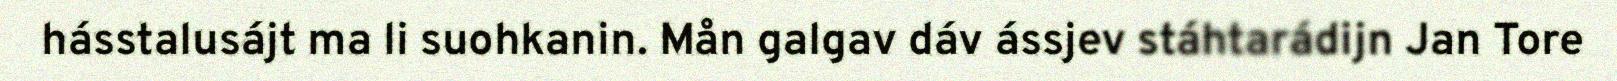
hásstalusájt ma li suohkanin. Mån galgav dáv ássjev stáhtarádijn Jan Tore